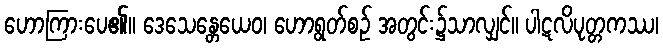
ဟောကြားပေ၏။ ဒေသေန္တေယေဝ၊ ဟောရွတ်စဉ် အတွင်း၌သာလျှင်။ ပါဋလိပုတ္တကဿ၊